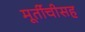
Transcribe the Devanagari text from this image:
मूर्तीचीसह